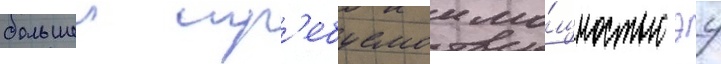
большеи тр'ебуемои мо́щностью эу